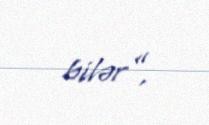
bilər”.